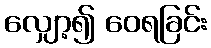
လျှော့၍ ဝေရခြင်း